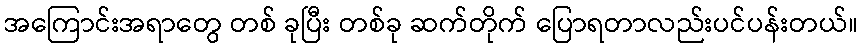
အကြောင်းအရာတွေ တစ် ခုပြီး တစ်ခု ဆက်တိုက် ပြောရတာလည်းပင်ပန်းတယ်။